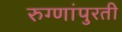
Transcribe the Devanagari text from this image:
रुग्णांपुरती